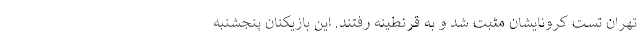
تهران تست کرونایشان مثبت شد و به قرنطینه رفتند. این بازیکنان پنجشنبه